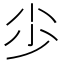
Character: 𡭣